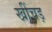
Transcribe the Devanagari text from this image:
खींचड़